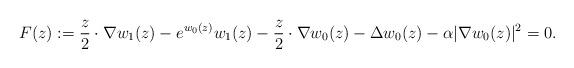
LaTeX: \begin{align*}F(z):= \frac{z}{2}\cdot \nabla w_1(z) - e^{w_0(z)}w_1(z) - \frac{z}{2}\cdot \nabla w_0(z) - \Delta w_0(z) - \alpha|\nabla w_0(z)|^2 = 0.\end{align*}